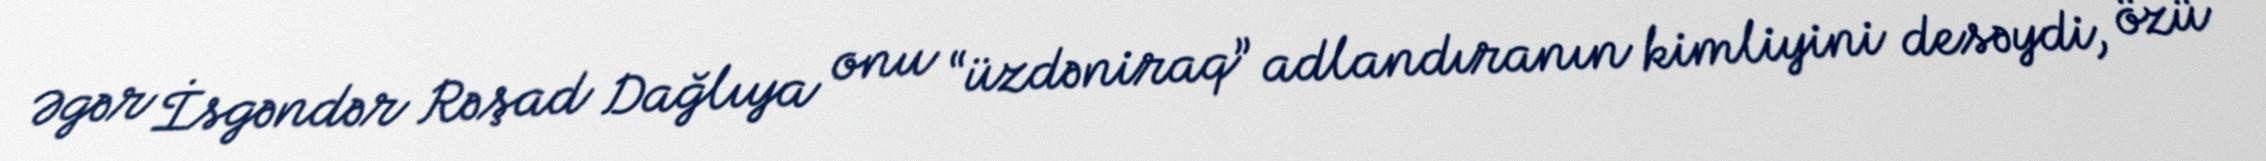
Əgər İsgəndər Rəşad Dağlıya onu “üzdəniraq” adlandıranın kimliyini desəydi, özü